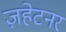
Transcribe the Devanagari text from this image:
ज़हेटनर